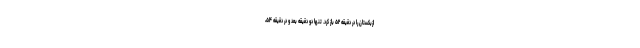
ازبکستان را در دقیقه ۵۲ باز کرد. تنها دو دقیقه بعد و در دقیقه ۵۴،